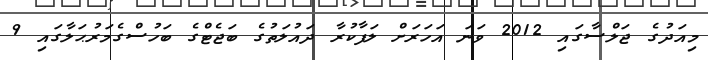
މިއަދުގެ ޖަލްސާގައި 2012 ވަނަ އަހަރަށް ލަފާކުރާ ދައުލަތުގެ ބަޖެޓްގެ ބަހުސްގެމަރުޙަލާގައި 9